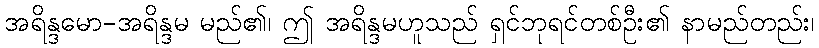
အရိန္ဒမော-အရိန္ဒမ မည်၏၊ ဤ အရိန္ဒမဟူသည် ရှင်ဘုရင်တစ်ဦး၏ နာမည်တည်း၊